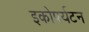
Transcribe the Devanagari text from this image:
इकोपर्यटन